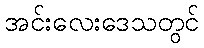
အင်းလေးဒေသတွင်